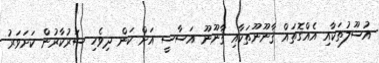
އުސޫލުތަކާއި އެއްގޮތައް ޤާނޫނޫތަކާއި ޤާނޫނޫ އަސާސީ އަށް ކަން ދިވެހި ސަރުކާރުން ކަށަވަރު